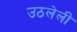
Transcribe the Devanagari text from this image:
उठलेली